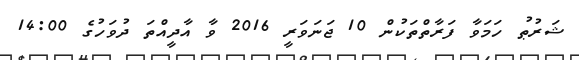
ޝަރުޠު ހަމަވާ ފަރާތްތަކުން 10 ޖަނަވަރީ 2016 ވާ އާދީއްތަ ދުވަހުގެ 14:00